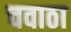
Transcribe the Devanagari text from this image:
चवाठा